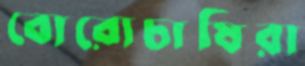
বোরোচাষিরা